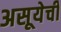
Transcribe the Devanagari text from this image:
असूयेची